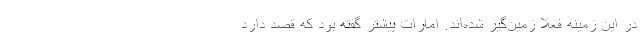
در این زمینه فعلا زمین‌گیر شده‌اند. امارات پیشتر گفته بود که قصد دارد